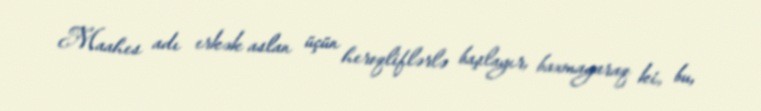
Maahes adı erkək aslan üçün heroqliflərlə başlayır, baxmayaraq ki, bu,